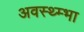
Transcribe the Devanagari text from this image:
अवस्थ्म्भा